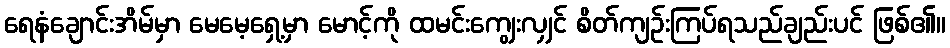
ရေနံချောင်းအိမ်မှာ မေမေ့ရှေ့မှာ မောင့်ကို ထမင်းကျွေးလျှင် စိတ်ကျဉ်းကြပ်ရသည်ချည်းပင် ဖြစ်၏။